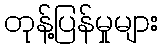
တုန့်ပြန်မှုများ